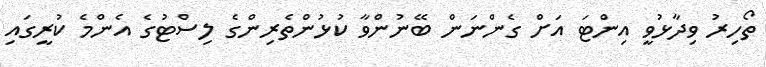
ތޯހިރު ވިދާޅުވީ އިންޓަ އަށް ގެންނަން ބޭނުންވާ ކުޅުންތެރިންގެ ލިސްޓުގެ އެންމެ ކުރީގައި